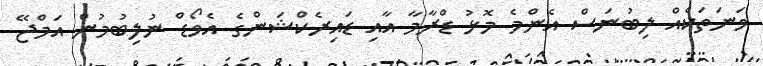
ވަނަތަކެއް ލިބުނަސް އެންމެ މޮޅު ޑްރާމާ އާއި ޑައިރެކްޝަންގެ އެވޯޑް ނުލިބުމުން އަމްޖޭ